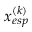
x _ { e s p } ^ { ( k ) }